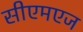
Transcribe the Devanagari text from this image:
सीएमएज